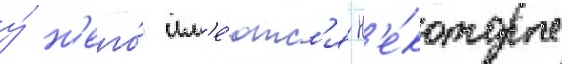
у́ н'его́ им'е́ютс'я н'е́которые